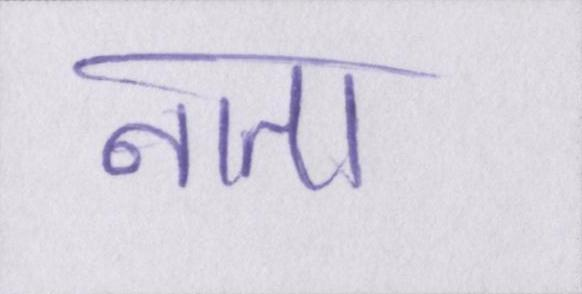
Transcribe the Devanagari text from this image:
नाता